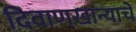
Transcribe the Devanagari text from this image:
दिवाणखान्याचे